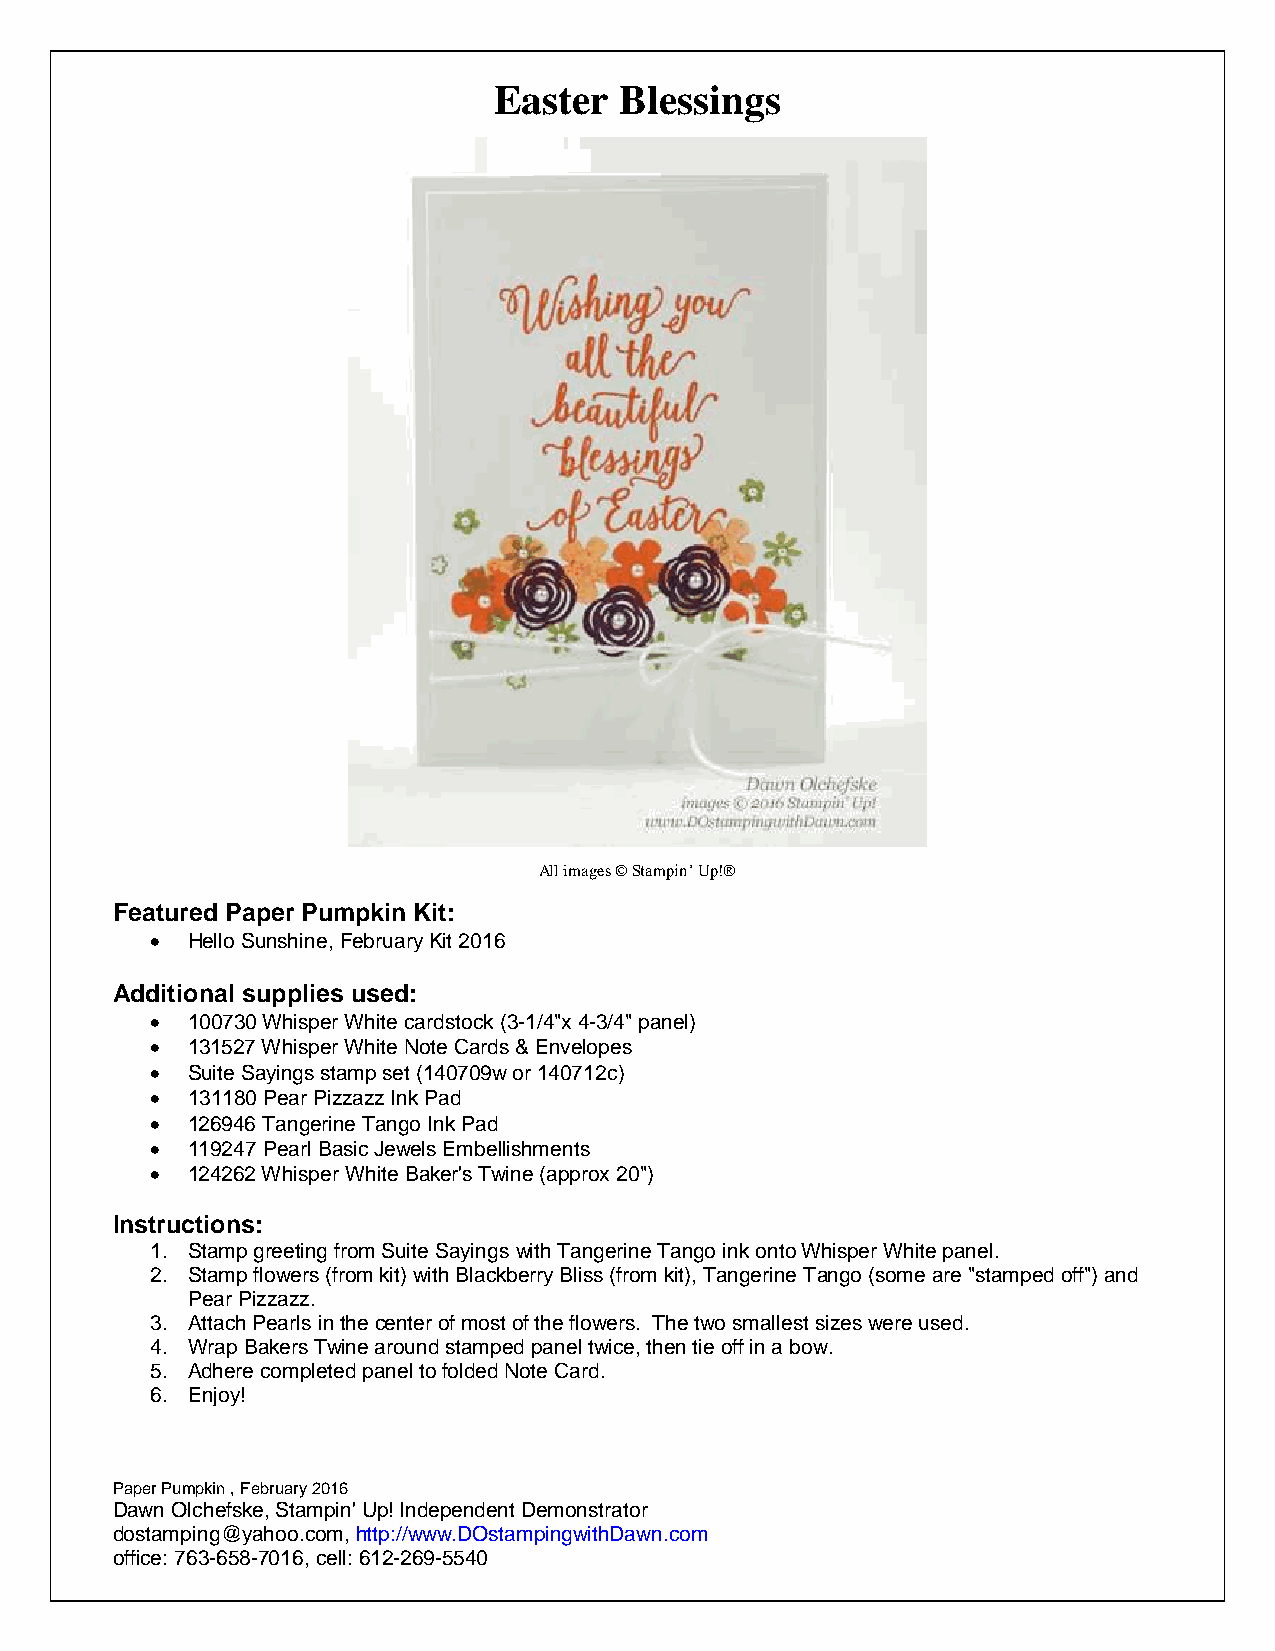
Easter  Blessings
 All images © Stampin’ Up!®
 Featured Paper Pumpkin Kit:
  Hello Sunshine, February Kit 2016
 Additional supplies used:
  100730 Whisper White cardstock (3-1/4"x 4-3/4" panel)
  131527 Whisper White Note Cards & Envelopes
  Suite Sayings stamp set (140709w or 140712c)
  131180 Pear Pizzazz Ink Pad
  126946 Tangerine Tango Ink Pad
  119247 Pearl Basic Jewels Embellishments
  124262 Whisper White Baker's Twine (approx 20")
 Instructions:
 1. Stamp greeting from Suite Sayings with Tangerine Tango ink onto Whisper White panel.
 2. Stamp flowers (from kit) with Blackberry Bliss (from kit), Tangerine Tango (some are "stamped off") and
 Pear Pizzazz.
 3. Attach Pearls in the center of most of the flowers. The two smallest sizes were used.
 4. Wrap Bakers Twine around stamped panel twice, then tie off in a bow.
 5. Adhere completed panel to folded Note Card.
 6. Enjoy!
 Paper Pumpkin , February 2016
 Dawn Olchefske, Stampin' Up! Independent Demonstrator
 dostamping@yahoo.com, http://www.DOstampingwithDawn.com
 office: 763-658-7016, cell: 612-269-5540